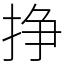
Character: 挣